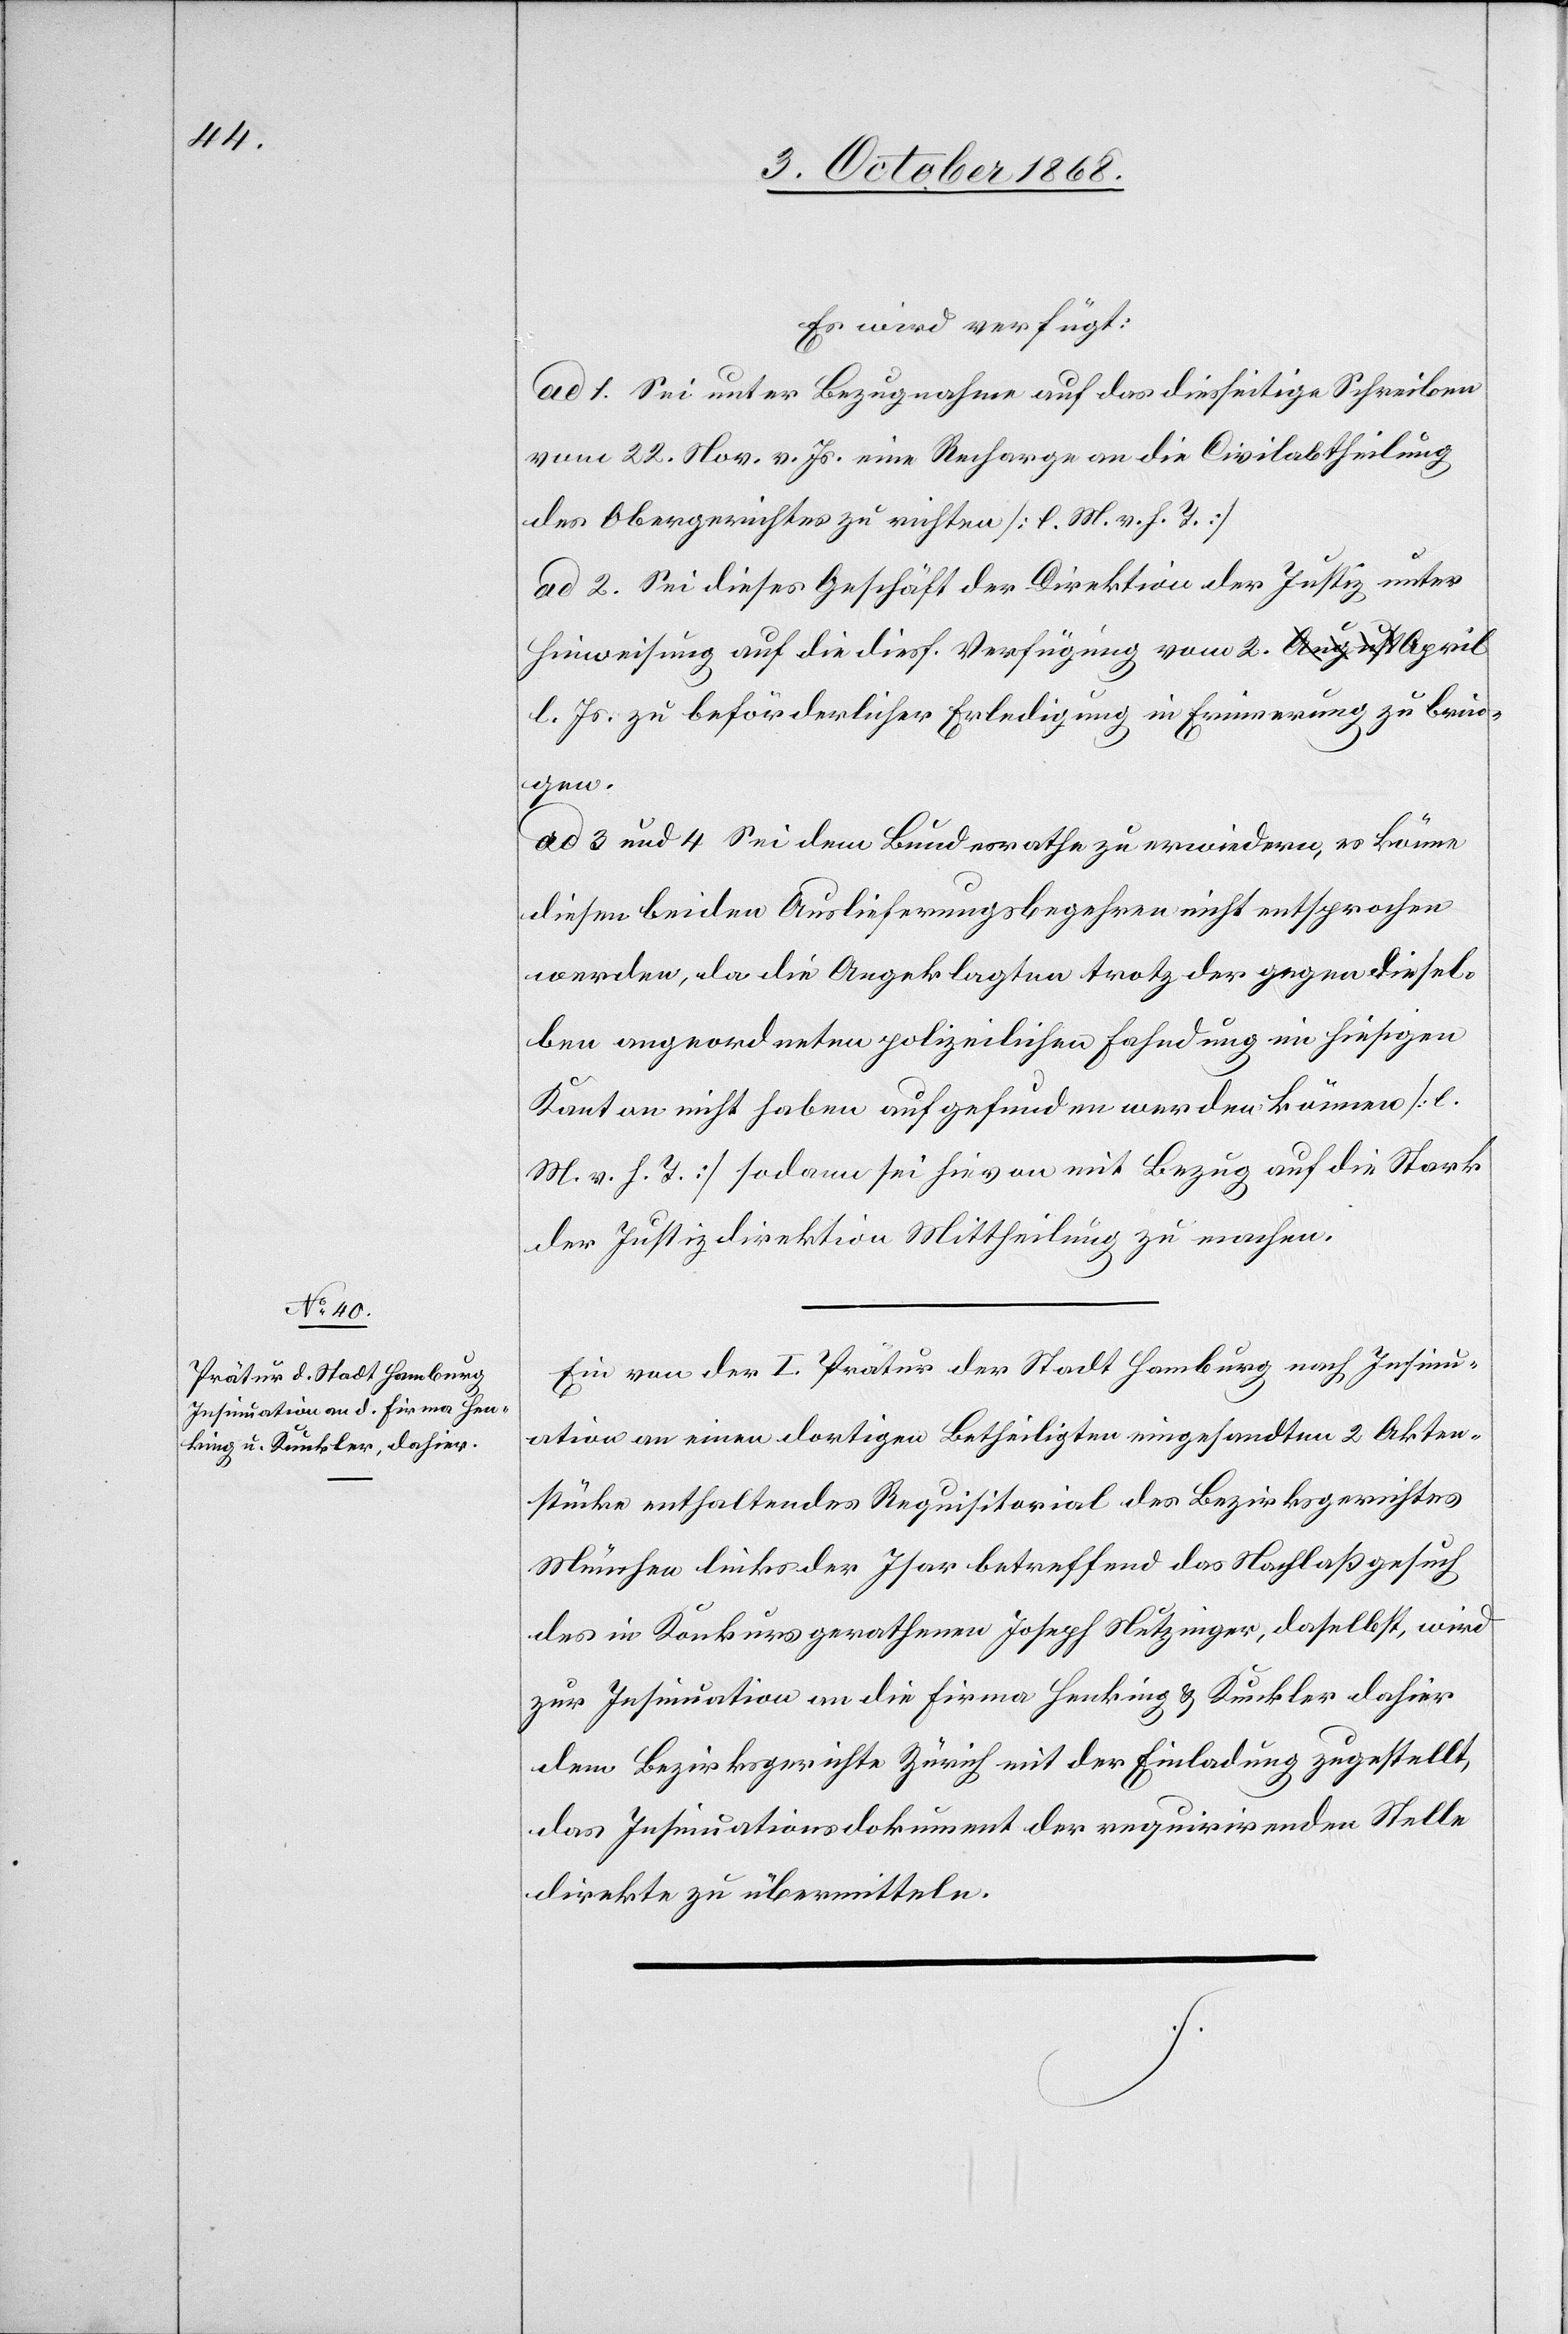
5. October 1868.]
Es wird verfügt:
ad 1. Sei unter Bezugnahme auf das diesseitige Schreiben
vom 22. Nov. v. Js. eine Recharge an die Civilabtheilung
des Obergerichtes zu richten [l. M. v. h. T.]
ad 2. Sei dieses Geschäft der Direktion der Justiz unter
Hinweisung auf die diesf. Verfügung vom 2. a-August-a April
l. Js. zu beförderlicher Erledigung in Erinnerung zu brin¬
gen.
ad 3 und 4 Sei dem Bundesrathe zu erwiedern, es könne
diesen beiden Auslieferungsbegehren nicht entsprochen
werden, da die Angeklagten trotz der gegen diesel¬
ben angeordneten polizeilichen Fahndung im hiesigen
Kanton nicht haben aufgefunden werden können [l.
M. v. h. T.] sodann sei hievon mit Bezug auf die Stark
der Justizdirektion Mittheilung zu machen.
Ein von der I. Prätur der Stadt Hamburg nach Insinu¬
ation an einen dortigen Betheiligten eingesandten 2 Akten¬
stücke enthaltendes Requisitorial des Bezirksgerichtes
München links der Isar betreffend das Nachlaßgesuch
des in Konkurs gerathenen Joseph Nutzinger, daselbst, wird
zur Insinuation an die Firma Henking & Kunkler dahier
dem Bezirksgerichte Zürich mit der Einladung zugestellt,
das Insinuationsdokument der requirirenden Stelle
direkte zu übermitteln.